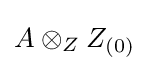
A\otimes _{Z}Z_{(0)}